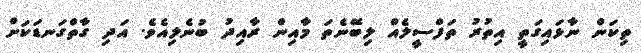
ތިކަން ނާޅައިގަތީ އިތުރު ތަފްސީލެއް ލިބޭނެތަ މާއިން ރާއިދު ބުނެލިއެވެ. އަދި ގާތްގަނޑަކަށް